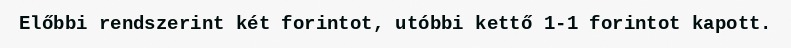
Előbbi rendszerint két forintot, utóbbi kettő 1-1 forintot kapott.